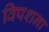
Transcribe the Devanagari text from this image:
विपशना